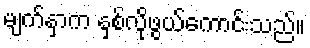
မျက်နှာက နှစ်လိုဖွယ်ကောင်းသည်။